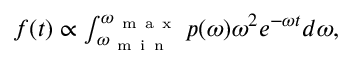
\begin{array} { r } { f ( t ) \propto \int _ { \omega _ { \mathrm { ~ m ~ i ~ n ~ } } } ^ { \omega _ { \mathrm { ~ m ~ a ~ x ~ } } } p ( \omega ) \omega ^ { 2 } e ^ { - \omega t } d \omega , } \end{array}